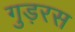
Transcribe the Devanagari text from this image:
गुड़रस